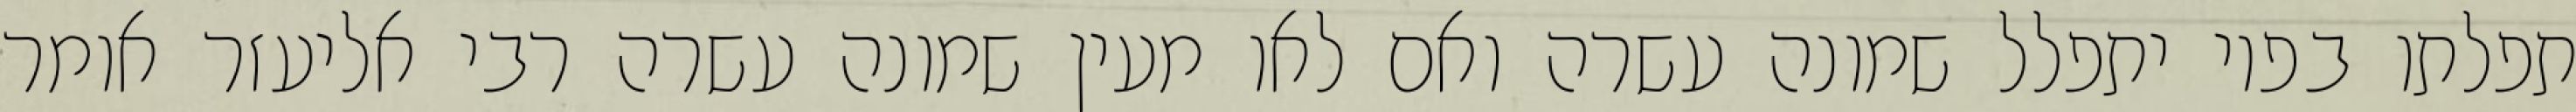
תפלתו בפיו יתפלל שמונה עשרה ואם לאו מעין שמונה עשרה רבי אליעזר אומר